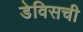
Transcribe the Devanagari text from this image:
डेविसची